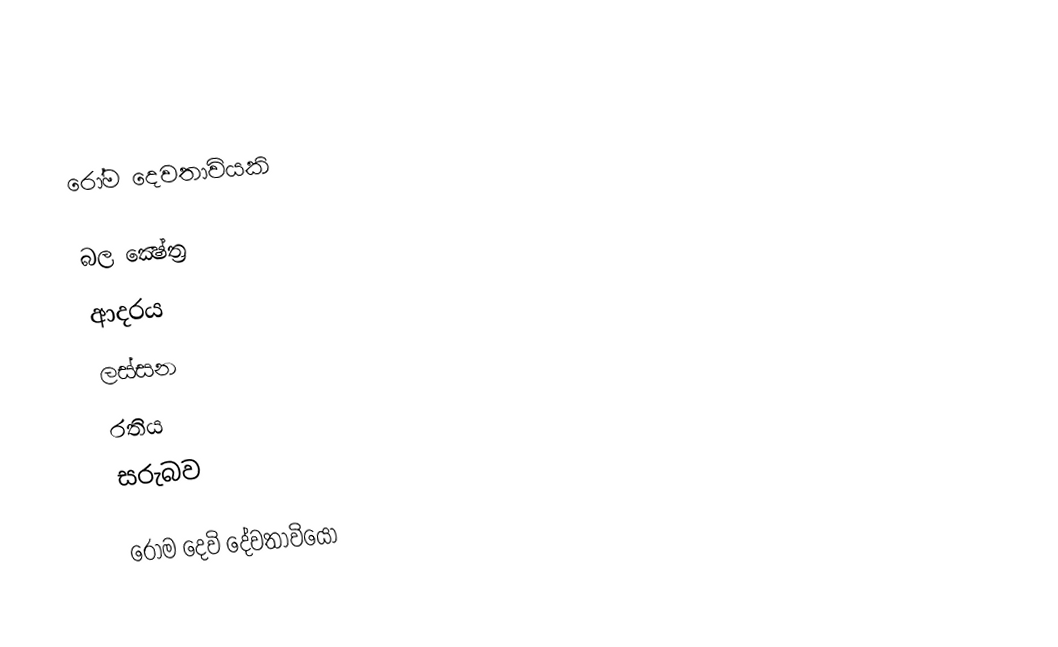
රෝම දෙවතාවියකි

බල ක්‍ෂේත්‍ර
 ආදරය
 ලස්සන
 රතිය
 සරුබව

රෝම දෙවි දේවතාවියෝ